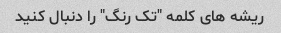
ریشه های کلمه "تک رنگ" را دنبال کنید